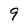
Character: 9